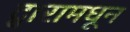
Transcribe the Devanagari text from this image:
द्वारामधून